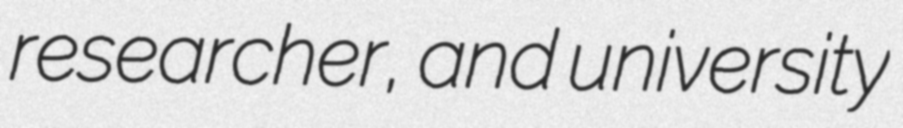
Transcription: researcher, and university